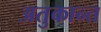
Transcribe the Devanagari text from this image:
अतुकान्त